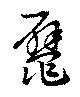
鼊